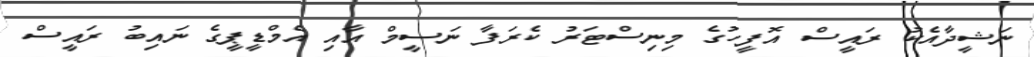
ނަޝީދާއެކު ރައީސް އޮފީހުގެ މިނިސްޓަރު ކެރަފާ ނަސީމް އާއި އެމްޑީޕީގެ ނައިބު ރައީސް